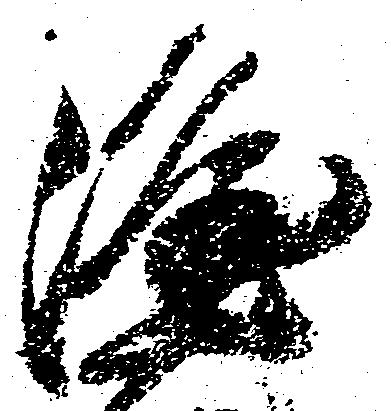
隆